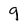
Character: 9